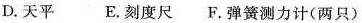
D.天平 E.刻度尺 F.弹簧测力计(两只)